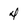
Character: 4